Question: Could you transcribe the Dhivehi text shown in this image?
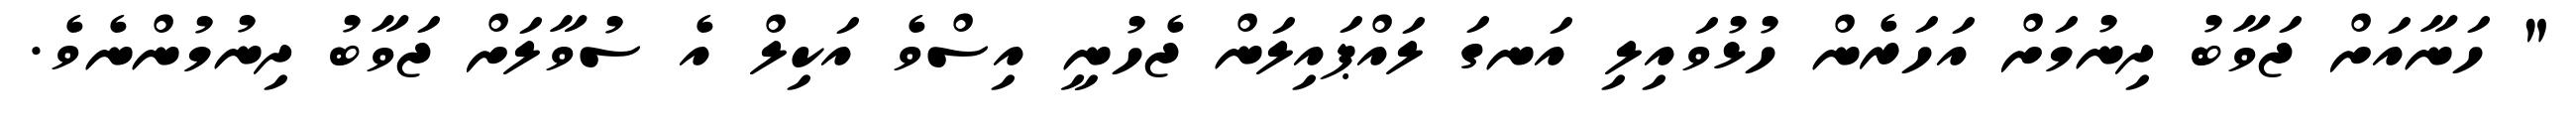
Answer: " ހަނާއަށް ޖަވާބު ދިނުމަށް އަހަރެން ހުޅުވައިލި އަނގަ ލައްޕައިލަން ޖެހުނީ އިސްވެ އަކިލް އެ ސުވާލަށް ޖަވާބު ދިނުމުންނެވެ.